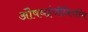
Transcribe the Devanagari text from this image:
औषधइंजीनियरिंग